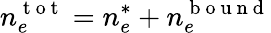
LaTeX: n_{e}^{\mathrm{~t~o~t~}}=n_{e}^{*}+n_{e}^{\mathrm{~b~o~u~n~d~}}